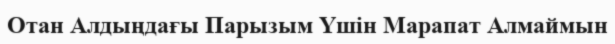
Отан Алдыңдағы Парызым Үшін Марапат Алмаймын